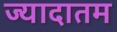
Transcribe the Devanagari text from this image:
ज्यादातम